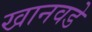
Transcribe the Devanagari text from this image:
खानवडे